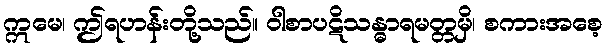
ဣမေ၊ ဤရဟန်းတို့သည်။ ဝါစာပဋိသန္ဓာရမတ္တမှိ၊ စကားအစေ့